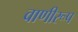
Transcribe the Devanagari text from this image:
वाणीरूप